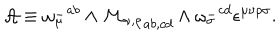
{ \cal A } \equiv { \omega _ { \mu } ^ { - } } ^ { a b } \wedge { \cal M _ { \nu , \rho } } _ { a b , c d } \wedge { \omega _ { \sigma } ^ { - } } ^ { c d } \epsilon ^ { \mu \nu \rho \sigma } .